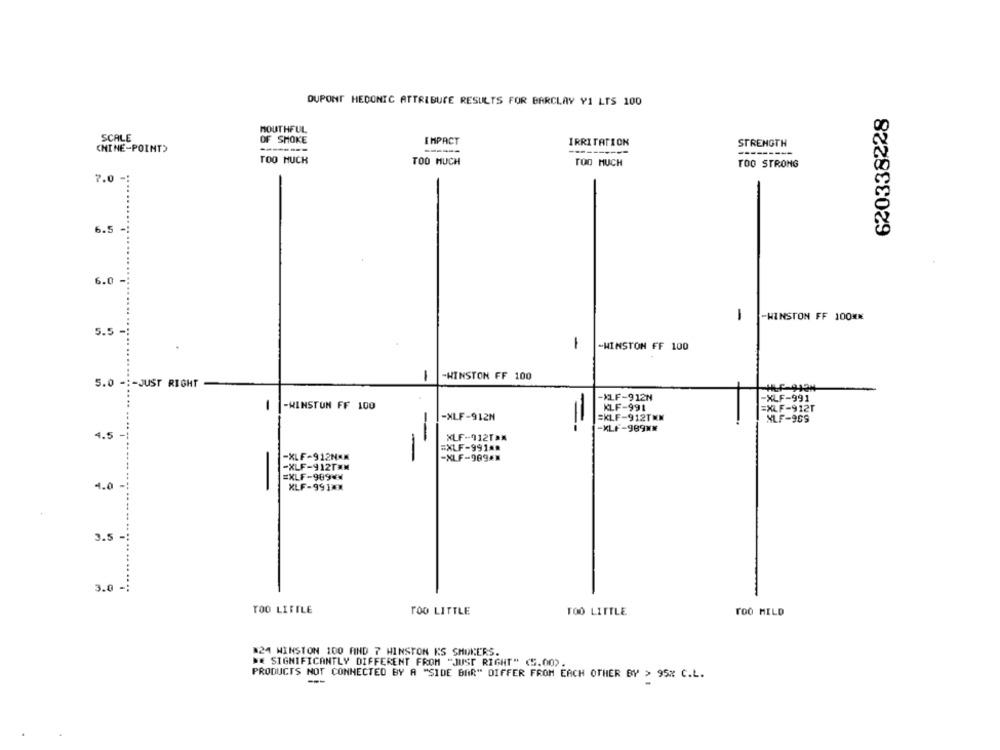
DUPONT HEDONIC ATTRIBUTE RESULTS FOR BARCLAY Y1 LTS 100
620338228
MOUTHFUL
SCALE
OF SMOKE
IMPACT
IRRITATION
STRENGTH
CHINE-POINT)
TOO MUCH
TOO MUCH
TOO MUCH
TOO STRONG
7.0 -:
..
6.5
6.0
1
-WINSTON FF 100 **
5.5
1
-WINSTON FF 100
-WINSTON FF 100
5.0 -:- JUST RIGHT
-XLF-912N
-XLF-991
-
-WINSTON FF 100
KLF-991
=XLF-912T
-XLF-912N
SKLF-912TMN
XLF-909
-XLF-989 **
4.5 -
XLF -- 912TAX
#XLF-991A#
-XLF-912NAM
-
-XLF-909KM
-XLF-912TÆN
#XLF-989 **
4.0 -
XLF-991XX
3.5 -
3.0 =;
TOO LITTLE
TOO LITTLE
TOO LITTLE
TOO MILD
#24 WINSTON 100 FIND 7 WINSTON KS SMOKERS.
WE SIGNIFICANTLY DIFFERENT FROM "JUST RIGHT" (5.00).
PRODUCTS NOT CONNECTED BY A "SIDE BAR" DIFFER FROM EACH OTHER BY > 95% C.L.